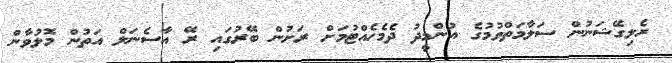
ރެލިގޭޝަނުން ސަލާމަތްވުމުގެ އުންމީދު ދެމެހެއްޓުމަށް ރަށުން ބޭރުގައި ރޭ އާސެނަލް އަތުން މޮޅުވާން